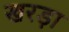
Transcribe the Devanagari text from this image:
खरड़ा